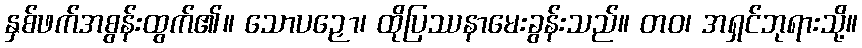
နှစ်ဖက်အစွန်းထွက်၏။ သောပဉှော၊ ထိုပြဿနာမေးခွန်းသည်။ တဝ၊ အရှင်ဘုရားသို့။